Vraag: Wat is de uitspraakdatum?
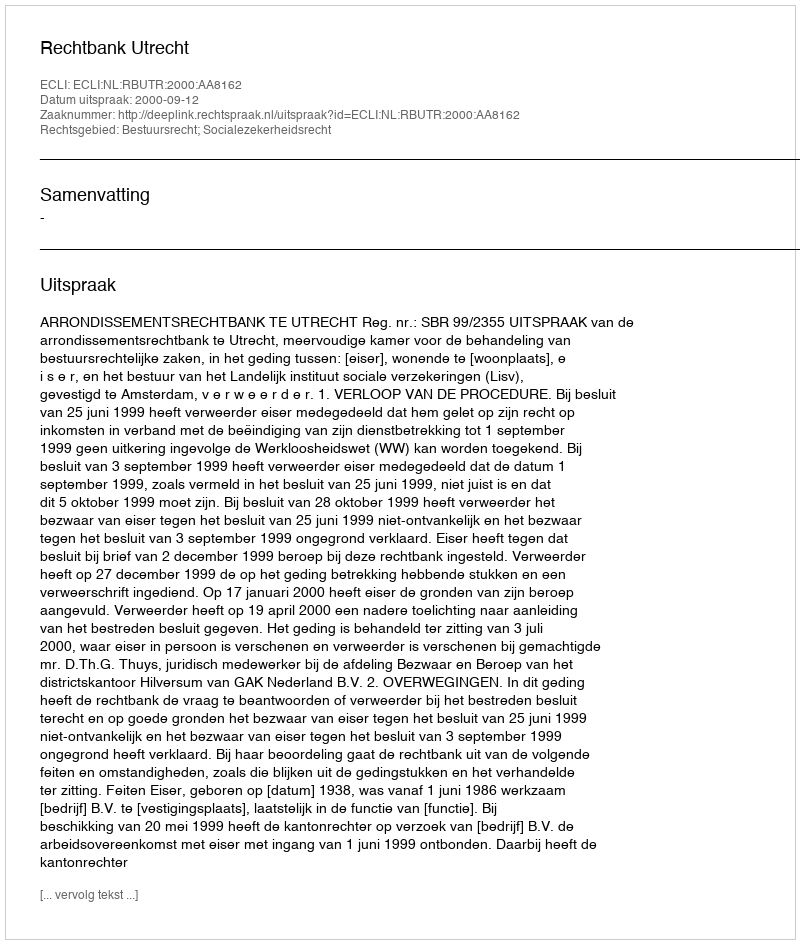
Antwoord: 2000-09-12